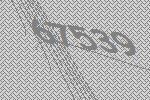
67539